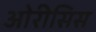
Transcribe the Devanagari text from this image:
ओरीसिस